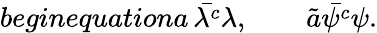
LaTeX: begin{equation}a\, \bar{\lambda^{c}}\lambda,\qquad\tilde{a}\bar{\psi^{c}}\psi.